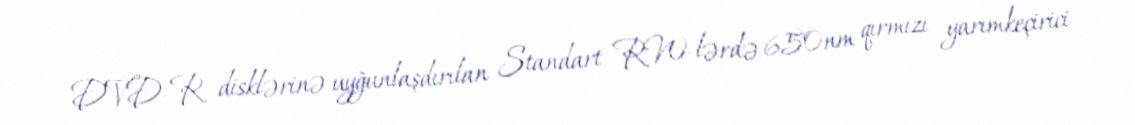
DVD-R disklərinə uyğunlaşdırılan Standart RW-lərdə 650nm qırmızı yarımkeçirici